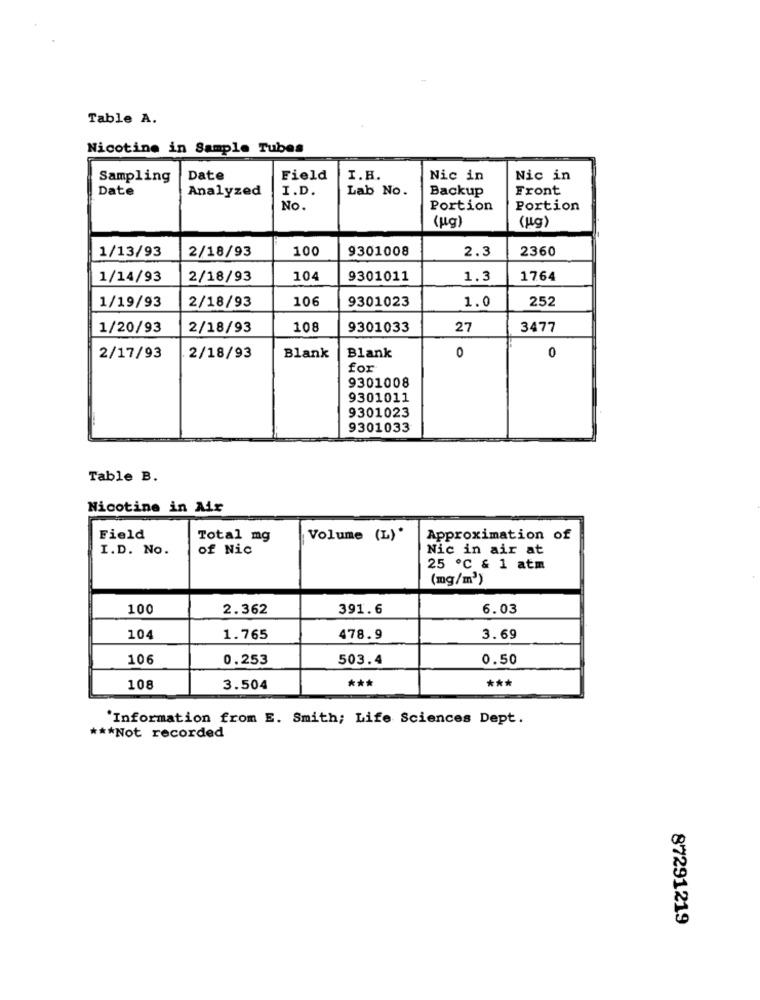
Table A.
Nicotine in Sample Tubes
Sampling
Date
Field
I.H.
Nic in
Nic in
Date
Analyzed
I.D.
Lab No.
Backup
Front
No.
Portion
Portion
(ug)
(Lg)
1/13/93
2/18/93
100
9301008
2.3
2360
1/14/93
2/18/93
104
9301011
1.3
1764
1/19/93
2/18/93
106
9301023
1.0
252
1/20/93
2/18/93
108
9301033
27
3477
2/17/93
2/18/93
Blank
Blank
0
0
for
9301008
9301011
9301023
9301033
Table B.
Nicotine in Air
Field
Total mg
Volume (L)*
Approximation of
I.D. No.
of Nic
Nic in air at
25 ℃ & 1 atm
(mg/m')
100
2.362
391.6
6.03
104
1.765
478.9
3.69
106
0.253
503.4
0.50
***
***
108
3.504
'Information from E. Smith; Life Sciences Dept.
*** Not recorded
87291219